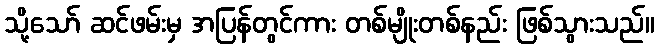
သို့သော် ဆင်ဖမ်းမှ အပြန်တွင်ကား တစ်မျိုးတစ်နည်း ဖြစ်သွားသည်။